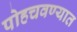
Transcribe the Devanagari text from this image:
पोहचवण्यात